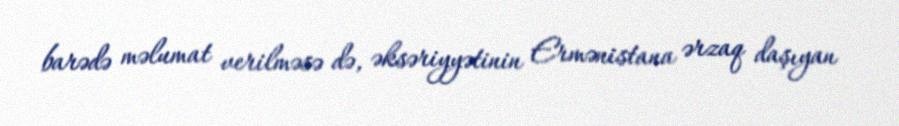
barədə məlumat verilməsə də, əksəriyyətinin Ermənistana ərzaq daşıyan